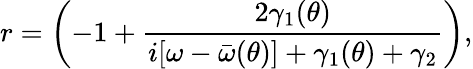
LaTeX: r=\left(-1+\frac{2\gamma_{1}(\theta)}{i[\omega-\bar{\omega}(\theta)]+\gamma_{1}(\theta)+\gamma_{2}}\right),